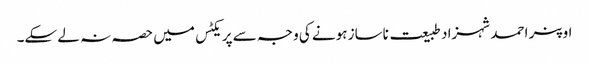
اوپنر احمد شہزاد طبیعت ناساز ہونے کی وجہ سے پریکٹس میں حصہ نہ لے سکے۔